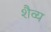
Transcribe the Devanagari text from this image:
शैव्य